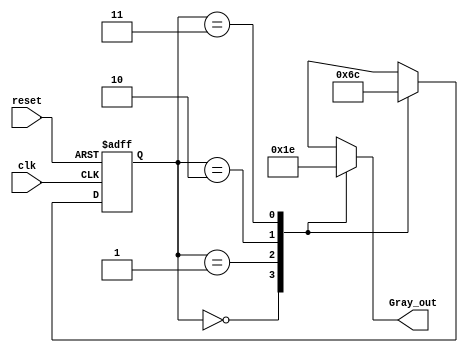
module gray_code_generator (
    input wire clk,        // Clock signal
    input wire reset,      // Asynchronous reset
    output reg [1:0] Gray_out // 2-bit Gray code output
);

// State encoding
localparam S0 = 2'b00; // State 0
localparam S1 = 2'b01; // State 1
localparam S2 = 2'b10; // State 2
localparam S3 = 2'b11; // State 3

// Current state and next state registers
reg [1:0] current_state, next_state;

// State transition logic
always @(posedge clk or posedge reset) begin
    if (reset) begin
        current_state <= S0; // Reset to state S0
    end else begin
        current_state <= next_state; // Transition to next state
    end
end

// Next state logic
always @(*) begin
    case (current_state)
        S0: next_state = S1; // Transition from S0 to S1
        S1: next_state = S2; // Transition from S1 to S2
        S2: next_state = S3; // Transition from S2 to S3
        S3: next_state = S0; // Transition from S3 to S0
        default: next_state = S0; // Default case (shouldn't occur)
    endcase
end

// Output logic
always @(*) begin
    case (current_state)
        S0: Gray_out = 2'b00; // Output for state S0
        S1: Gray_out = 2'b01; // Output for state S1
        S2: Gray_out = 2'b11; // Output for state S2
        S3: Gray_out = 2'b10; // Output for state S3
        default: Gray_out = 2'b00; // Default case (shouldn't occur)
    endcase
end

endmodule